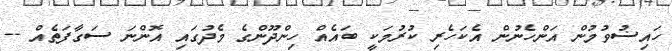
ހައިޟުވުމުން އަންހެނުން އެކަހެރި ކުރުމަކީ ބައެއް ހިންދޫންގެ މެދުގައި އޮންނަ ސަގާފަތެއް --